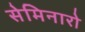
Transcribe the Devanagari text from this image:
सेमिनारो